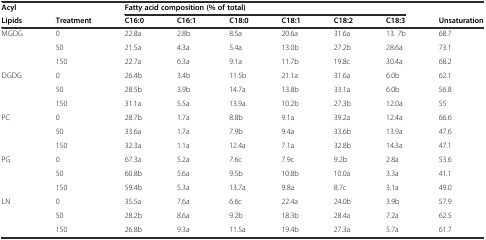
<table><thead><tr><td><b>Acyl</b></td><td></td><td colspan="6"><b>Fatty acid composition (% of total)</b></td><td></td></tr><tr><td><b>Lipids</b></td><td><b>Treatment</b></td><td><b>C16:0</b></td><td><b>C16:1</b></td><td><b>C18:0</b></td><td><b>C18:1</b></td><td><b>C18:2</b></td><td><b>C18:3</b></td><td><b>Unsaturation</b></td></tr></thead><tbody><tr><td>MGDG</td><td>0</td><td>22.8a</td><td>2.8b</td><td>8.5a</td><td>20.6a</td><td>31.6a</td><td>13. 7b</td><td>68.7</td></tr><tr><td></td><td>50</td><td>21.5a</td><td>4.3a</td><td>5.4a</td><td>13.0b</td><td>27.2b</td><td>28.6a</td><td>73.1</td></tr><tr><td></td><td>150</td><td>22.7a</td><td>6.3a</td><td>9.1a</td><td>11.7b</td><td>19.8c</td><td>30.4a</td><td>68.2</td></tr><tr><td>DGDG</td><td>0</td><td>26.4b</td><td>3.4b</td><td>11.5b</td><td>21.1a</td><td>31.6a</td><td>6.0b</td><td>62.1</td></tr><tr><td></td><td>50</td><td>28.5b</td><td>3.9b</td><td>14.7a</td><td>13.8b</td><td>33.1a</td><td>6.0b</td><td>56.8</td></tr><tr><td></td><td>150</td><td>31.1a</td><td>5.5a</td><td>13.9a</td><td>10.2b</td><td>27.3b</td><td>12.0a</td><td>55</td></tr><tr><td>PC</td><td>0</td><td>28.7b</td><td>1.7a</td><td>8.8b</td><td>9.1a</td><td>39.2a</td><td>12.4a</td><td>66.6</td></tr><tr><td></td><td>50</td><td>33.6a</td><td>1.7a</td><td>7.9b</td><td>9.4a</td><td>33.6b</td><td>13.9a</td><td>47.6</td></tr><tr><td></td><td>150</td><td>32.3a</td><td>1.1a</td><td>12.4a</td><td>7.1a</td><td>32.8b</td><td>14.3a</td><td>47.1</td></tr><tr><td>PG</td><td>0</td><td>67.3a</td><td>5.2a</td><td>7.6c</td><td>7.9c</td><td>9.2b</td><td>2.8a</td><td>53.6</td></tr><tr><td></td><td>50</td><td>60.8b</td><td>5.6a</td><td>9.5b</td><td>10.8b</td><td>10.0a</td><td>3.3a</td><td>41.1</td></tr><tr><td></td><td>150</td><td>59.4b</td><td>5.3a</td><td>13.7a</td><td>9.8a</td><td>8.7c</td><td>3.1a</td><td>49.0</td></tr><tr><td>LN</td><td>0</td><td>35.5a</td><td>7.6a</td><td>6.6c</td><td>22.4a</td><td>24.0b</td><td>3.9b</td><td>57.9</td></tr><tr><td></td><td>50</td><td>28.2b</td><td>8.6a</td><td>9.2b</td><td>18.3b</td><td>28.4a</td><td>7.2a</td><td>62.5</td></tr><tr><td></td><td>150</td><td>26.8b</td><td>9.3a</td><td>11.5a</td><td>19.4b</td><td>27.3a</td><td>5.7a</td><td>61.7</td></tr></tbody></table>